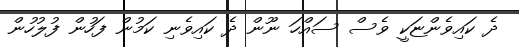
ދެ ކައިވެންޏަކީ ވެސް ސައްހަ ނޫން ދެ ކައިވެނި ކަމުން ފަހުން ފުލުހުން